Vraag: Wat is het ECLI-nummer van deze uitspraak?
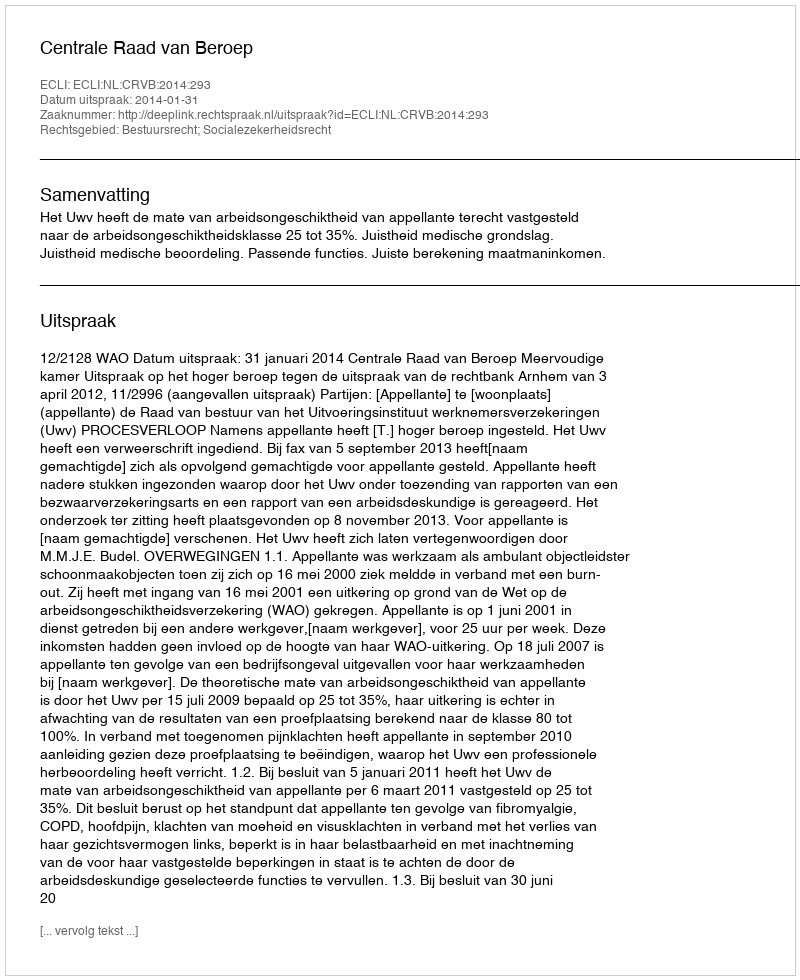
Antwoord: ECLI:NL:CRVB:2014:293